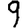
Digit: 9